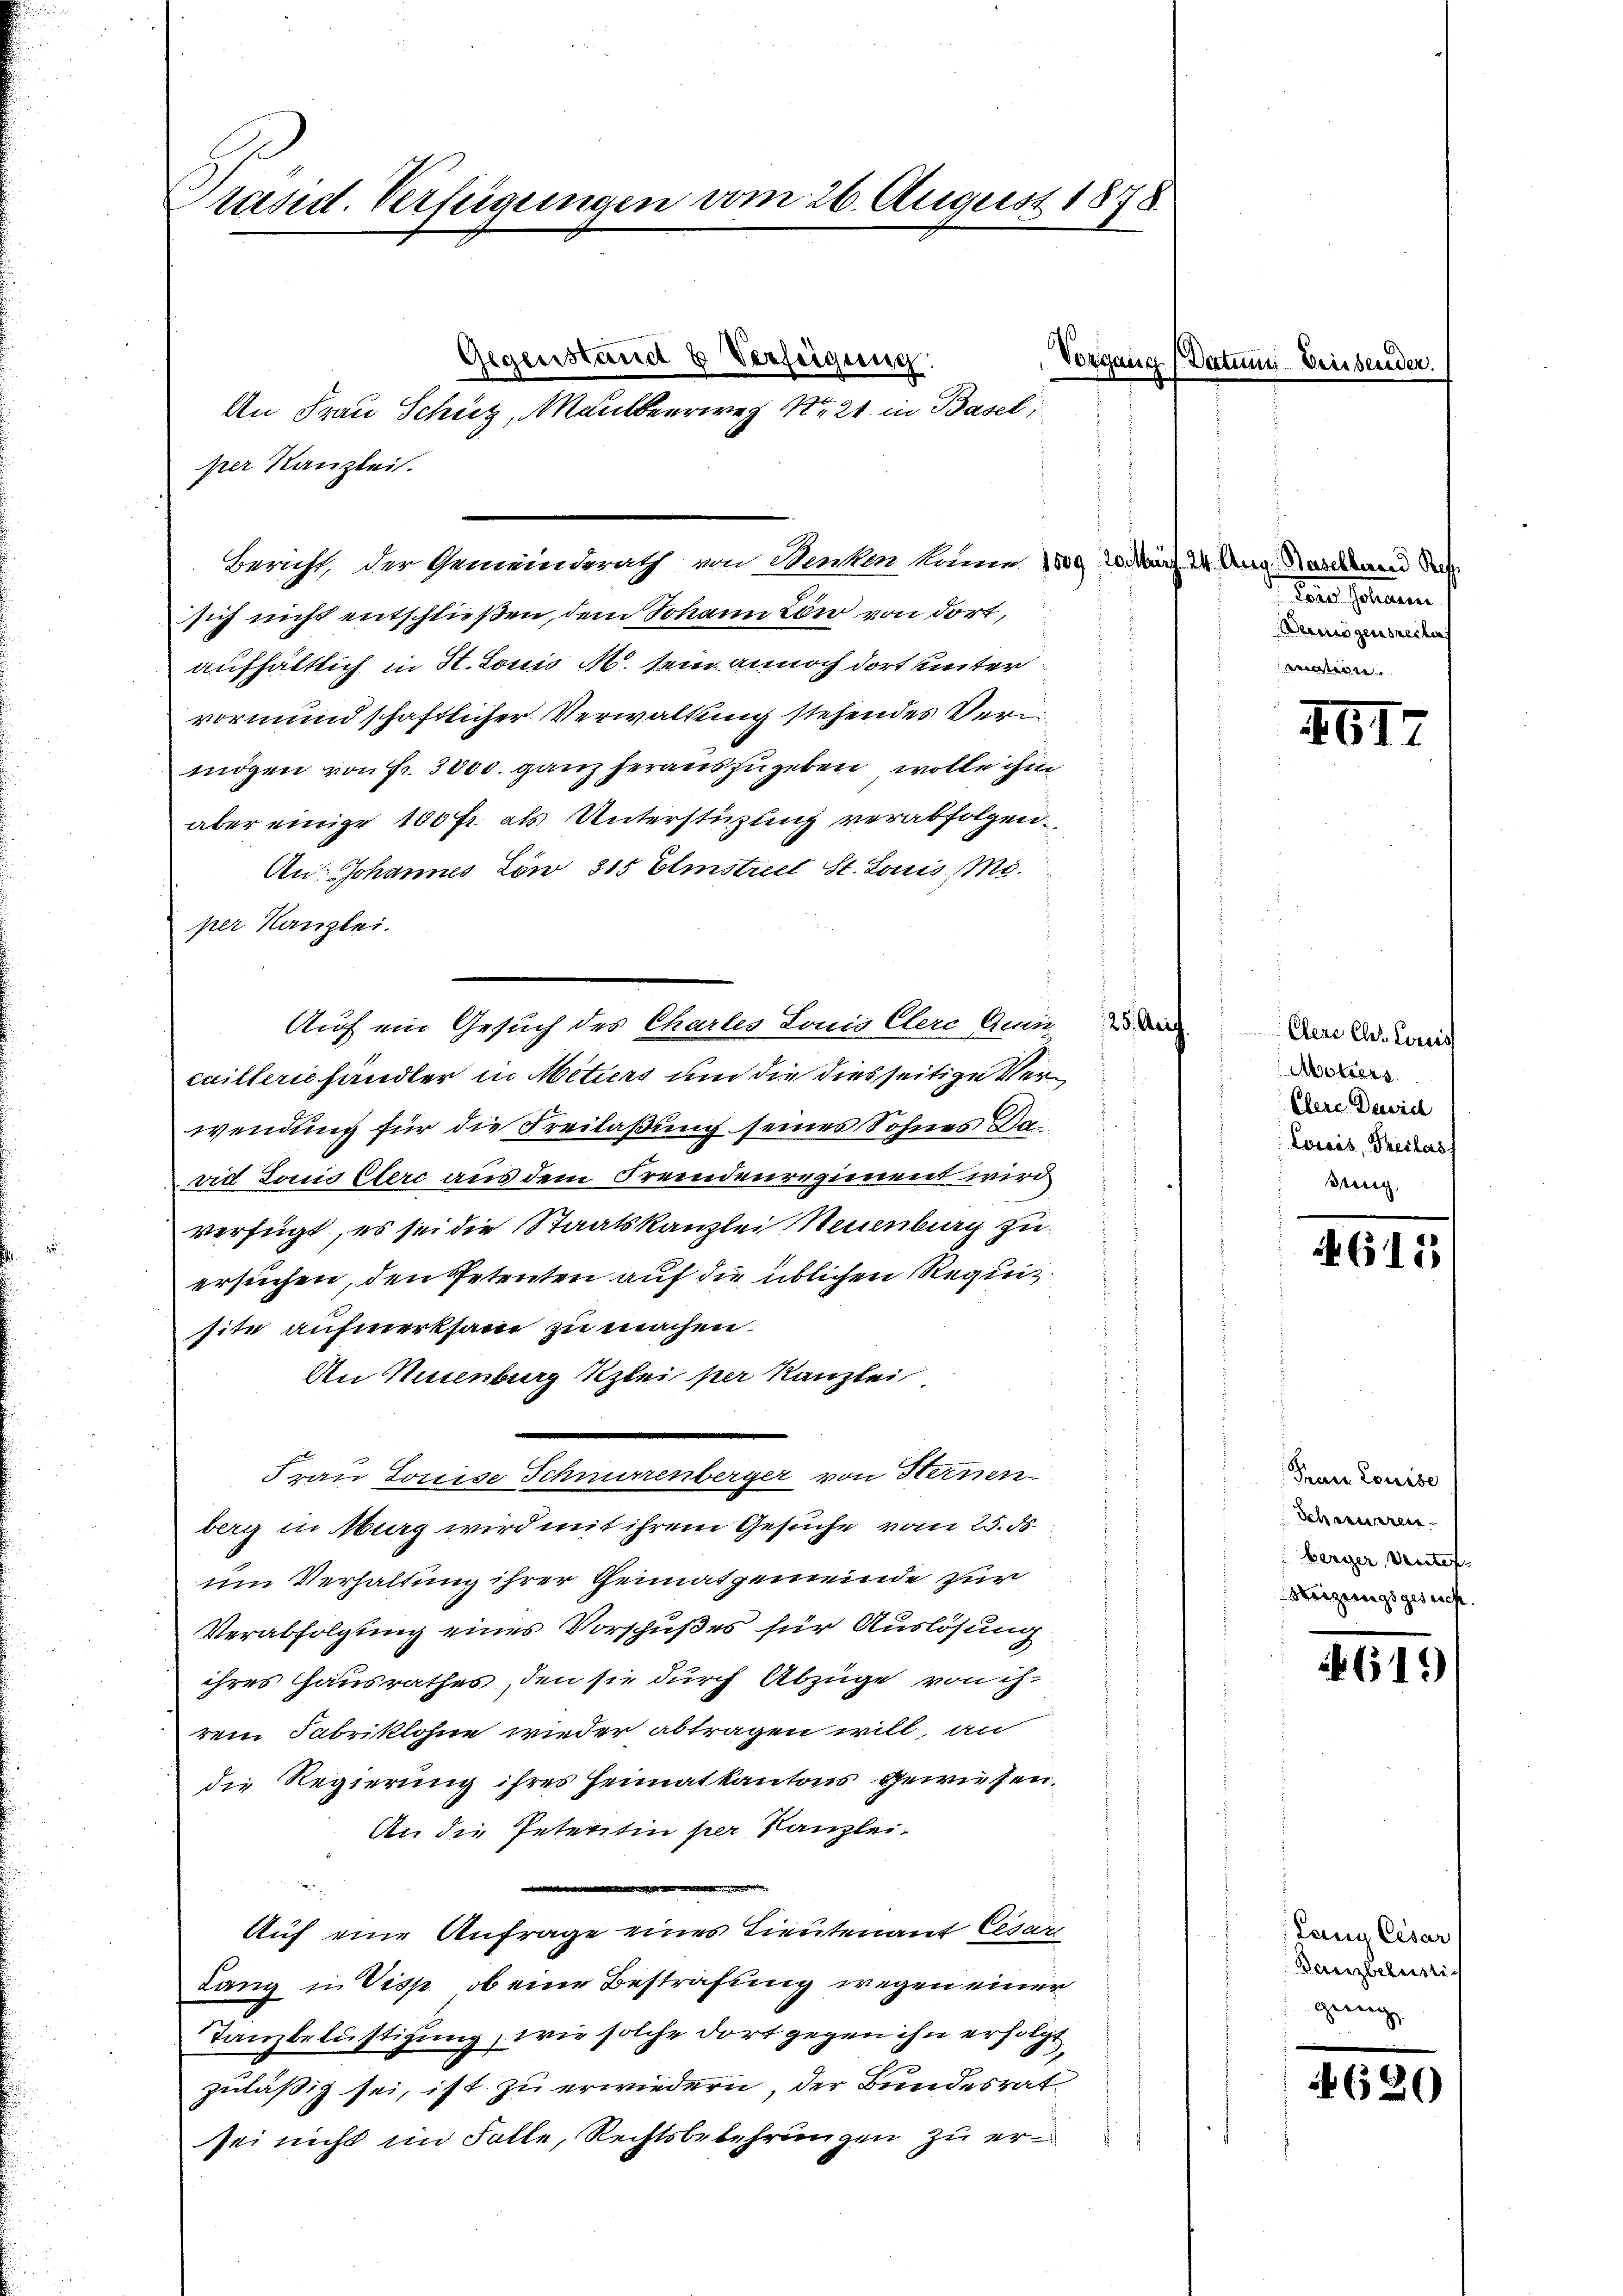
räsid. Verfügungen vom 26. August 1878.

Bericht, der Gemeinderath von Benken köne
sich nicht entschließen, dem Johann von von dort,
aufhältlich in St. Louis M. sein annoch dort unter
vormundschaftlicher Verwaltung stehendes Verm
mögen von Fr. 3000. ganz herauszugeben wolle ihm
aber einige 100 fr. als Unterstüzung verabfolgen.
An: Johannes Löw 315 Elmstreet St. Louis Miper Kanzlei.
Auf ein Gesuch des Chartes Louis Clerc Quin
caillerie handler in Mitiers um die diesseitige Verwendung für die Freilaßung seines Sohnes Saad Louis Clerc aus dem Fremdenregiment wird
verfügt, es sei die Staatskanzlei Neuenburg zu
ersuchen, den Petenten auf die üblichen Requisite aufmerksam zu machen.
An Neuenburg Kzlei per Kanzlei
Frau Louise Schnurrenberger von Heinen
berg in burg wird mit ihrem Gesuche vom 25. d.
um Verhaltung ihrer Theimatgemeinde zur
Verabfolgung eines Vorschußes für Auslösung
ihres Hausrathes, den sie durch Abzüge von ihrem Fabriklohne wieder abtragen will, an
die Regierung ihres Heimatkantons gewiesen.
An die Petentin per Kanzlei-
.

Auf eine Anfrage eines Lieutenauf Cesar
Lang in Visp, ob eine Bestrafung wegen einer
Tanzbelästigung, wie solche dort gegen ihn erfolgt,
zuläßig sei, ist zu erwiedern, der Bundesrat
sei nicht im Falle, Rechtsbekehrungen zu er¬

Gegenstand & Verfügung
An Frau Schutz, Maulbeerweg Nr. 21. in Basel,
per Kanzlei.

Vorge

Dectes

24. Aug. Baselberne Res
deine sollen
Dermögensrechen
mation

II.

Elers Chr. Lorcess
Motters
Ehere Dawid
Louis, Freilas
dring

G15

Frau Louise
Schreueren
berger, Vater-
Meizungsgesucht.

61.

Lany Cesar
Banzbeleisti
genug.

4 (2